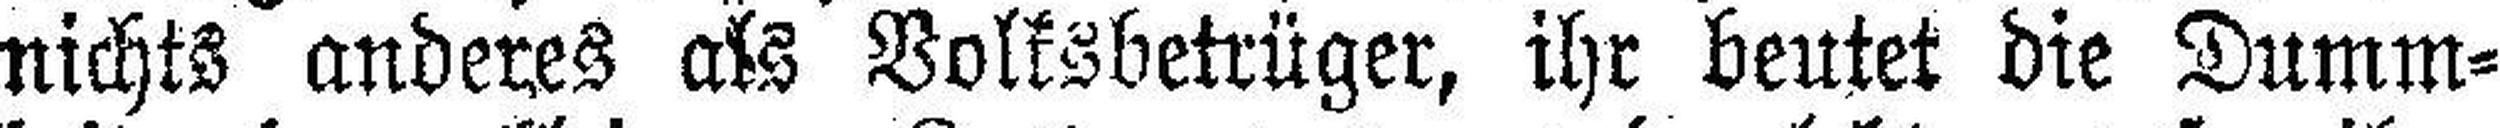
nichts anderes als Volksbetrüger, ihr beutet die Dumm¬